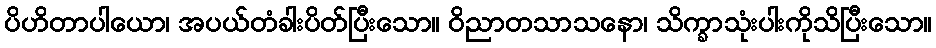
ပိဟိတာပါယော၊ အပယ်တံခါးပိတ်ပြီးသော။ ဝိညာတသာသနော၊ သိက္ခာသုံးပါးကိုသိပြီးသော။